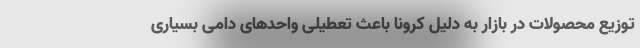
توزیع محصولات در بازار به دلیل کرونا باعث تعطیلی واحد‌های دامی بسیاری